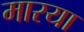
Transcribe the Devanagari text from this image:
मारया